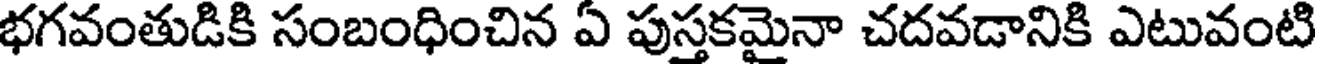
భగవంతుడికి సంబంధించిన ఏ పుస్తకమైనా చదవడానికి ఎటువంటి